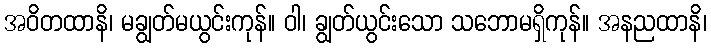
အဝိတထာနိ၊ မချွတ်မယွင်းကုန်။ ဝါ၊ ချွတ်ယွင်းသော သဘောမရှိကုန်။ အနညထာနိ၊